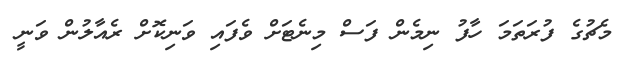
މެޗުގެ ފުރަތަމަ ހާފު ނިމެން ފަސް މިނެޓަށް ވެފައި ވަނިކޮށް ރެއާލުން ވަނީ